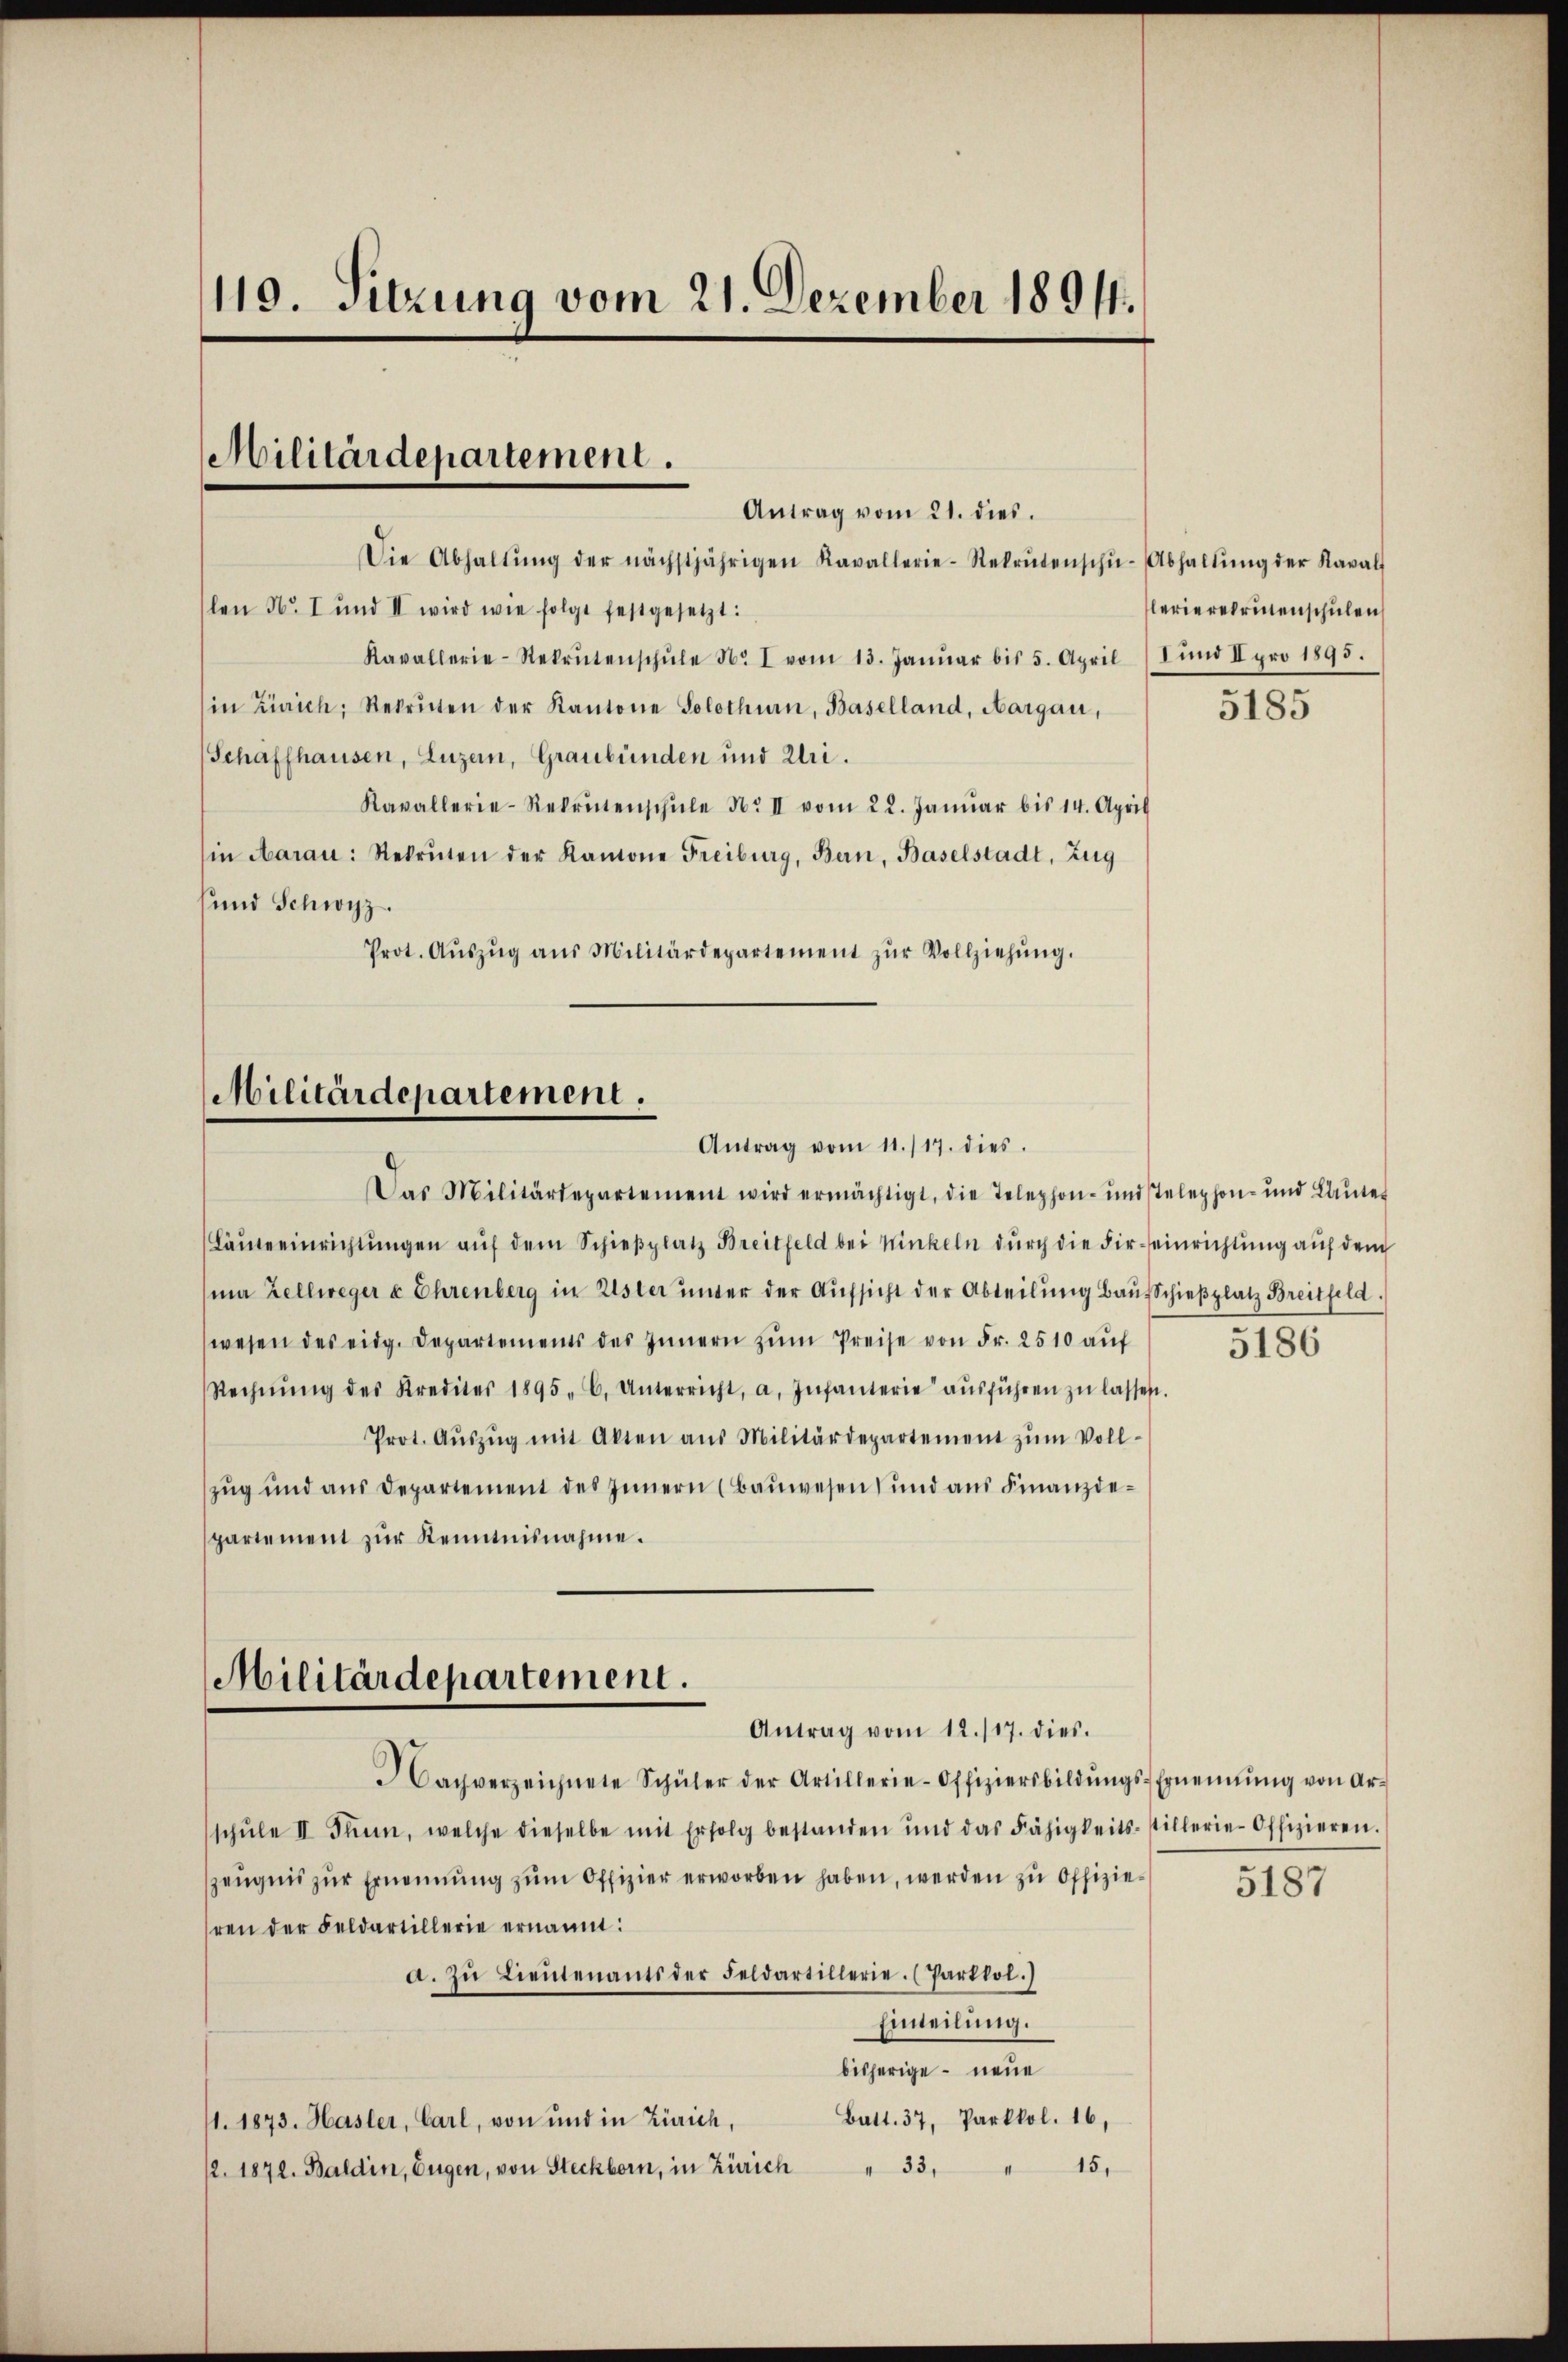
119. Sitzung vom 21. Dezember 18911.

Militärdepartement.
Antrag vom 21. dies

Die Abhaltŭng der nächstjährigen Kavallerie-Rekrutenschŭ-Abhaltŭng der Kaval
slen No. I und II wird wie folgt festgesetzt:
Kavallerie-Rekrutenschŭle No I vom 13. Janŭar bis 5. April /Iŭnd II pro 1895.
in Zürich, Rekruten der Kantone Solothurn, Baselland, Aargau,
Schaffhausen, Luzern, Graubünden und Uri.
Kavallerie-Rekrutenschŭle No II vom 22. Janŭar bis 14. April
in Aarau: Rekruten der Ramone Freiburg, Bern, Baselstadt, Zug
sund Schwyz.
Prot. Aŭszŭg aŭs Militärdepartement zŭr Vollziehŭng.

Militärdepartement.
Antrag vom 11./17. dies.

Militärdepartement.
Antrag vom 12. 117. dies.

Das Militärdepartement wird ermächtigt, die Telephon- und stelephon- und Later
Läŭteeinrichtŭngen aŭf dem Schieβplatz Breitfeld bei Winkeln durch die Fir-einrichtung auf dem
ma Zellweger u Ehrenberg in Uster inter der Aŭfsicht der Abteilŭng Baŭsschieβplatz Breitfeld.
wesen des eidg. Departements des Innern zŭm Preise von Fr. 2510 auf
Rechnŭng des Krediter 1895. C. Unterricht, a. Infanterie aŭsführen zŭ lassen.
Prot. Aŭszŭg mit Akten aŭs Militärdepartement zŭm Voll-
zug und aus Departement des Innern (Baŭwesen und aŭs Finanzdepartement zur Kenntnisnahme.

achverzeichnete Schüler der Artillerie-Offiziersbildŭngs-Ernennung von Ar-
schŭle II Sinn, welche dieselbe mit Erfolg bestanden und das Fähigkeits-stillerie-Offizieren.
zeugnis zur Ernennung zum Offizier erworben haben, werden zu Offizieren der Feldartillerie ernannt:
a. Zu Lieutenants der Feldartillerie. (Parktol.)
Einteilung.
bisherige – neue
Batt. 37, Parkkol. 16,
1. 1873. Hasler, Carl, von und in Zürich,
15.
2. 1872. Baldin, Eugen, von Steckborn, in Zürich " 33,

lerierermenschulen

5185

5186

5187